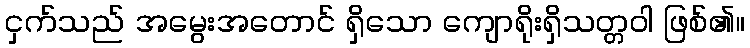
ငှက်သည် အမွေးအတောင် ရှိသော ကျောရိုးရှိသတ္တဝါ ဖြစ်၏။